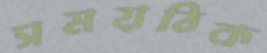
সময়ঠিক